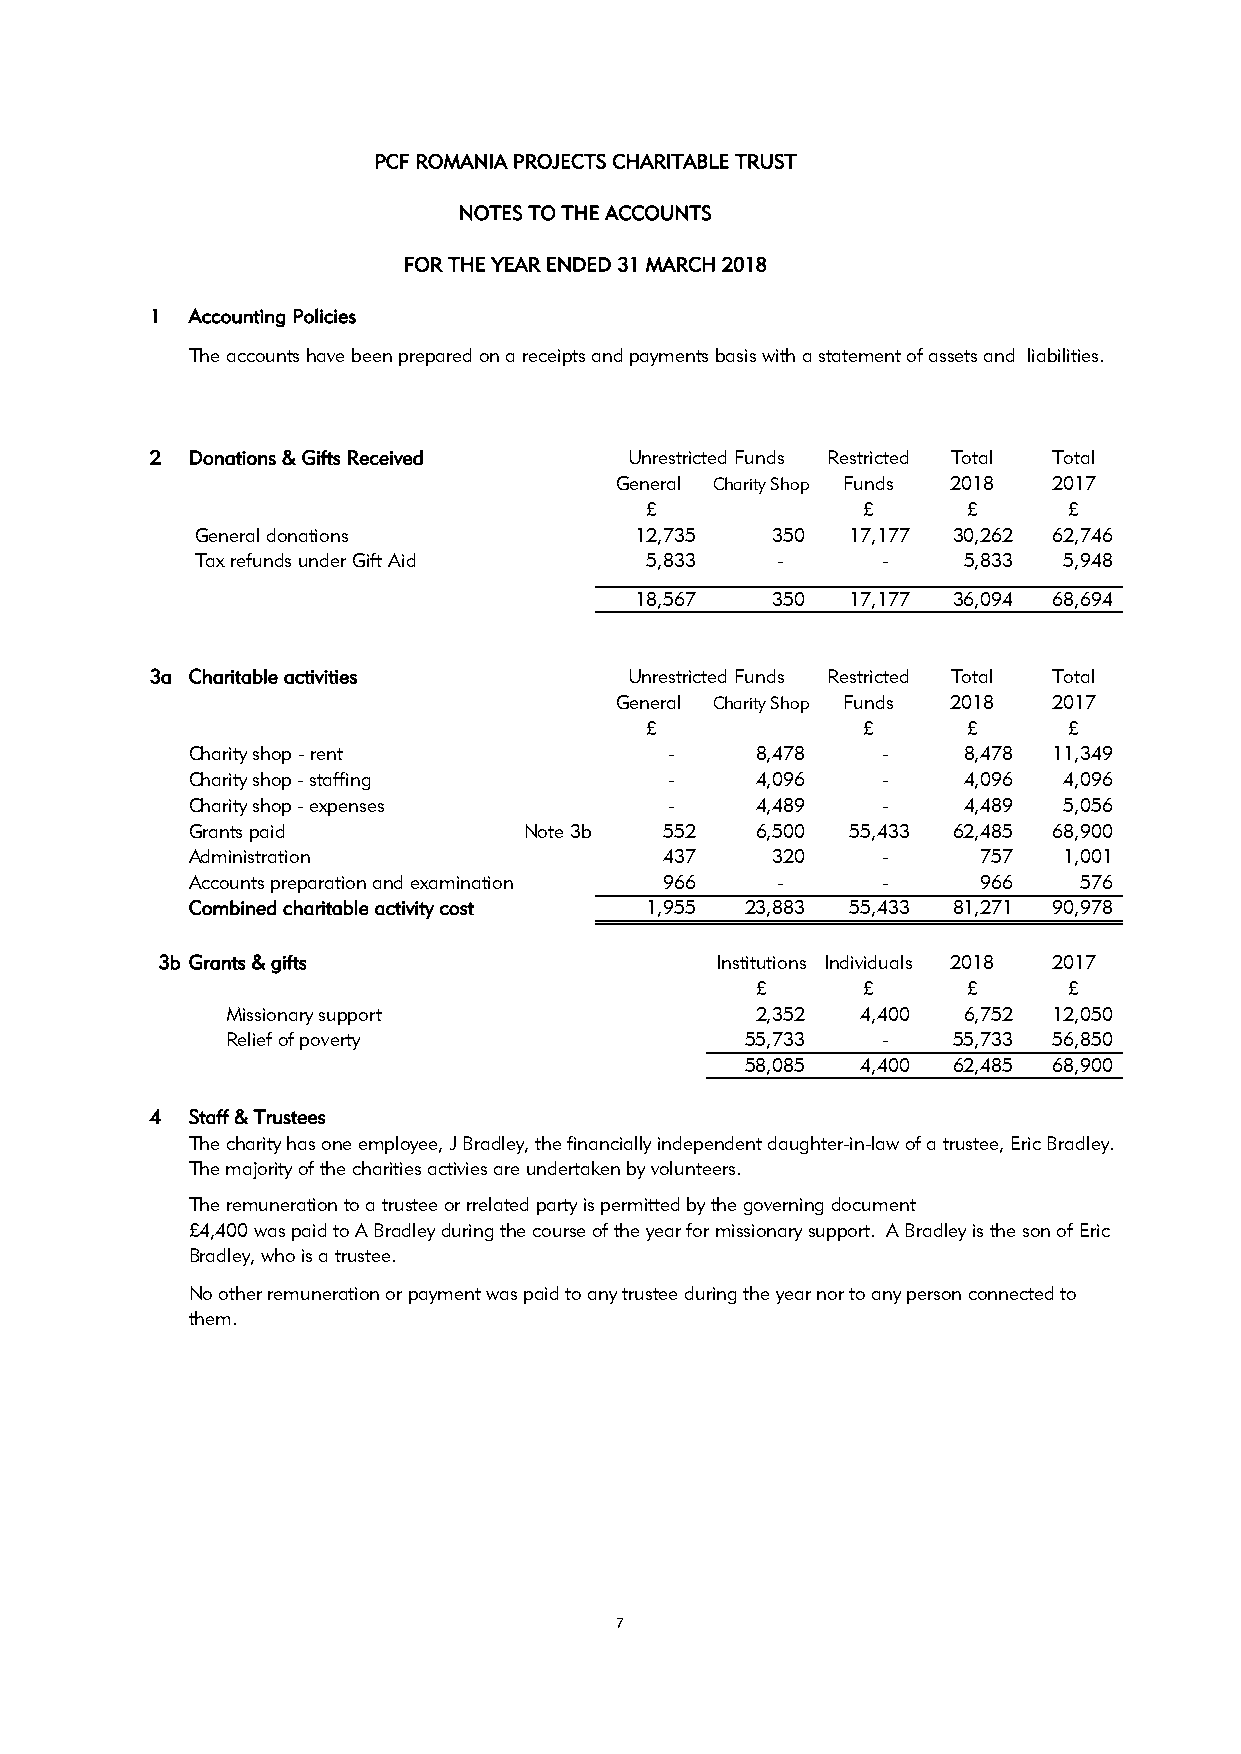
PCF ROMANIA PROJECTS CHARITABLE TRUST
 NOTES TO THE ACCOUNTS
 FOR THE YEAR ENDED 31 MARCH 2018
 1 Accounting Policies
 The accounts have been prepared on a receipts and payments basis with a statement of assets and liabilities.
 2 Donations & Gifts Received   Unrestricted Funds Restricted Total Total
 General Charity Shop Funds 2018 2017
 £              £      £     £
 General donations            12,735   350  17,177 30,262 62,746
 Tax refunds under Gift Aid   5,833    -      -    5,833  5,948
 18,567   350  17,177 36,094 68,694
 3a Charitable activities       Unrestricted Funds Restricted Total Total
 General Charity Shop Funds 2018 2017
 £              £      £     £
 Charity shop - rent             -     8,478   -    8,478 11,349
 Charity shop - staffing         -     4,096   -    4,096  4,096
 Charity shop - expenses         -     4,489   -    4,489  5,056
 Grants paid           Note 3b   552   6,500 55,433 62,485 68,900
 Administration                  437    320    -     757   1,001
 Accounts preparation and examination 966 -    -     966    576
 Combined charitable activity cost 1,955 23,883 55,433 81,271 90,978
 3b Grants & gifts                    Institutions Individuals 2018 2017
 £      £      £     £
 Missionary support                 2,352  4,400 6,752 12,050
 Relief of poverty                 55,733   -    55,733 56,850
 58,085  4,400 62,485 68,900
 4 Staff & Trustees
 The charity has one employee, J Bradley, the financially independent daughter-in-law of a trustee, Eric Bradley.
 The majority of the charities activies are undertaken by volunteers.
 The remuneration to a trustee or rrelated party is permitted by the governing document
 £4,400 was paid to A Bradley during the course of the year for missionary support. A Bradley is the son of Eric
 Bradley, who is a trustee.
 No other remuneration or payment was paid to any trustee during the year nor to any person connected to
 them.
 7